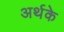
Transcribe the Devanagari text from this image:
अर्थके